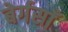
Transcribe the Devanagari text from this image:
बेर्गसाँ